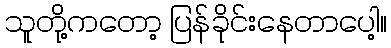
သူတို့ကတော့ ပြန်ခိုင်းနေတာပေါ့။